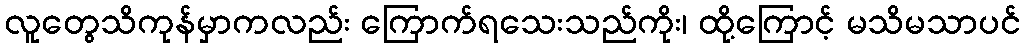
လူတွေသိကုန်မှာကလည်း ကြောက်ရသေးသည်ကိုး၊ ထို့ကြောင့် မသိမသာပင်